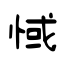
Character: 惐